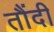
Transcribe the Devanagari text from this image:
तौंदी